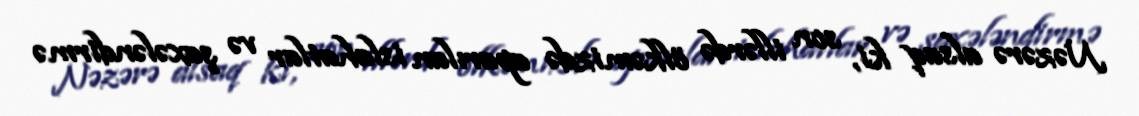
Nəzərə alsaq ki, son illərdə ölkəmizdə aparılan islahatlar və şaxələndirmə